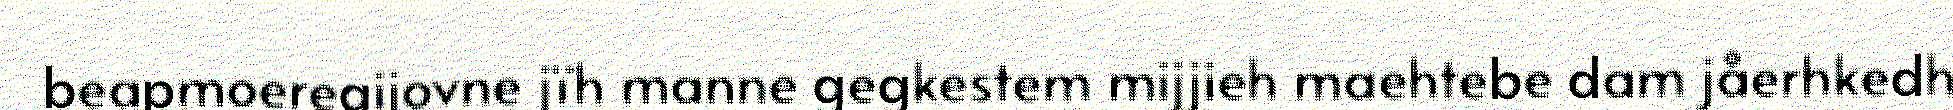
beapmoeregijovne jïh manne gegkestem mijjieh maehtebe dam jåerhkedh